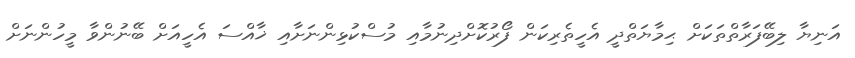
އަނިޔާ ލިބޭފަރާތްތަކަށް ޙިމާޔަތްދީ އެހީތެރިކަން ފޯރުކޮށްދިނުމާއި މުސްކުޅިންނަށާއި ޚާއްސަ އެހީއަށް ބޭނުންވާ މީހުންނަށް